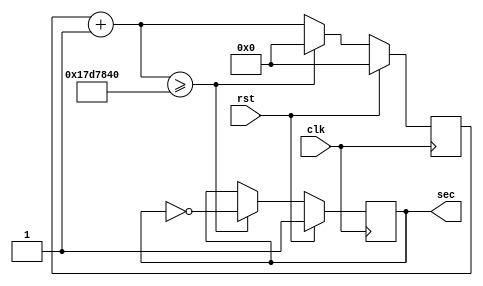
/*!>
*  convert 50Mhz to 1Hz source generator module
*
*+ Input +* 
* clk	- Clock source
* rst - reset function
*
*+ Output +* 
*  sec - 1Hz output 
*
*
<!*/
module counter1sec50MHz(
input clk,
input rst,
output reg sec
);

reg [31:0] clkcount;

always @ ( posedge clk )
	begin
		if ( rst )
			begin
				clkcount = 32'd0;
				sec <= 1'd1;
			end
		else
			begin
			clkcount = clkcount + 32'd1;
			if( clkcount >= 32'd25000000 )
				begin
					sec <= ~sec;
					clkcount <= 32'd0;
				end
			end
	end 
endmodule